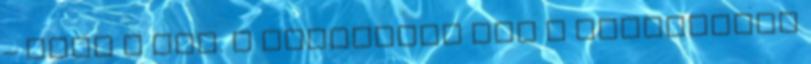
– Leég a vár. A fehérvári bég a kigyulladt